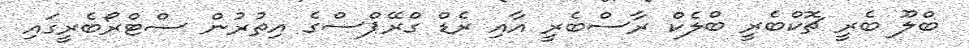
ބްލޫ ބެރީ ޗޮކްބެރީ ބްލެކް ރާސްބެރީ އާއި ރެޑް ގްރޭޕްސްގެ އިތުރުން ސްޓްރޯބެރީގައި